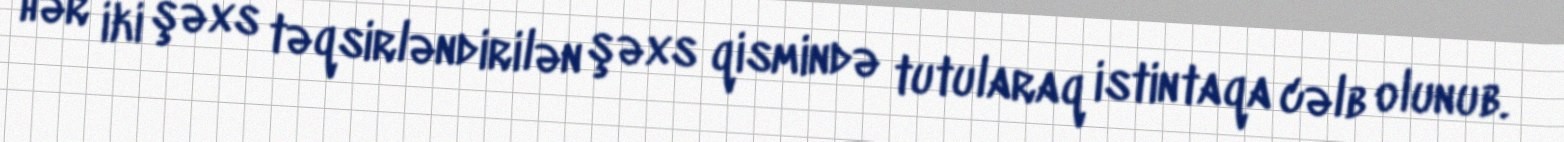
hər iki şəxs təqsirləndirilən şəxs qismində tutularaq istintaqa cəlb olunub.